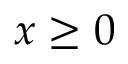
x \ge 0